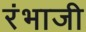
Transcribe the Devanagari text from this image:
रंभाजी